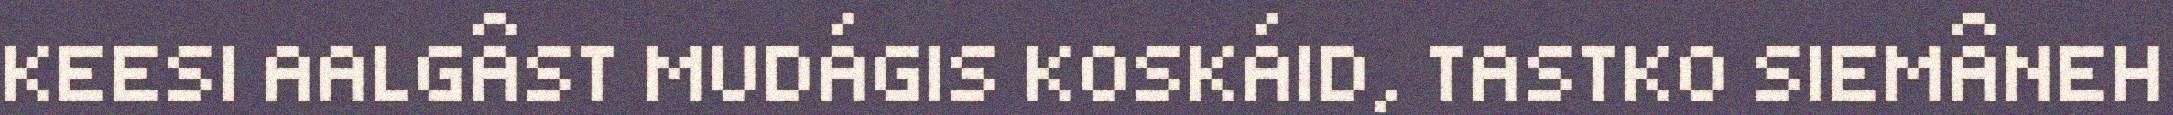
KEESI AALGÂST MUDÁGIS KOSKÁID, TASTKO SIEMÂNEH